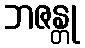
ဘဇန္တု